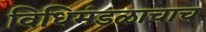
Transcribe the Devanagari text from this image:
विधिमंडळाचाच